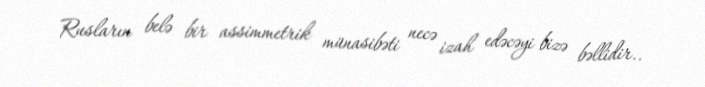
Rusların belə bir assimmetrik münasibəti necə izah edəcəyi bizə bəllidir..